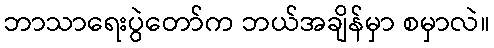
ဘာသာရေးပွဲတော်က ဘယ်အချိန်မှာ စမှာလဲ။